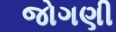
જોગણી